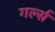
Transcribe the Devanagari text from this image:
गर्ल्‍स